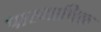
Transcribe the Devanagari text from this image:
पारभाषिक